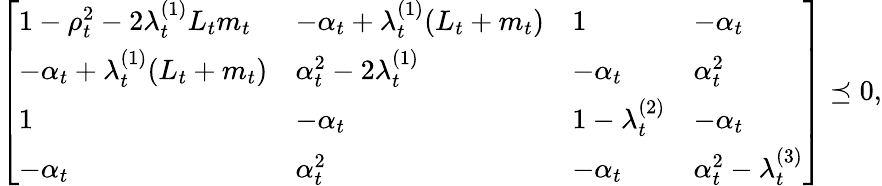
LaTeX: \begin{array}{r}{\left[\begin{array}{llll}{1-\rho_{t}^{2}-2\lambda_{t}^{(1)}L_{t}m_{t}}&{-\alpha_{t}+\lambda_{t}^{(1)}(L_{t}+m_{t})}&{1}&{-\alpha_{t}}\\ {-\alpha_{t}+\lambda_{t}^{(1)}(L_{t}+m_{t})}&{\alpha_{t}^{2}-2\lambda_{t}^{(1)}}&{-\alpha_{t}}&{\alpha_{t}^{2}}\\ {1}&{-\alpha_{t}}&{1-\lambda_{t}^{(2)}}&{-\alpha_{t}}\\ {-\alpha_{t}}&{\alpha_{t}^{2}}&{-\alpha_{t}}&{\alpha_{t}^{2}-\lambda_{t}^{(3)}}\end{array}\right]\preceq 0,}\end{array}